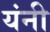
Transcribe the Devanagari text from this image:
यंनी